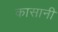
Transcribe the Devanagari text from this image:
कासानी